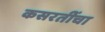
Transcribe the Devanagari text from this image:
कसरतींचा